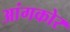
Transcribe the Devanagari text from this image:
आंगकोर